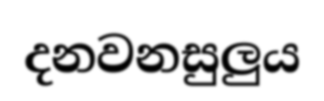
දනවනසුලුය